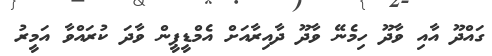
ގައްދޫ އާއި ވާދޫ ހިމެނޭ ވާދޫ ދާއިރާއަށް އެމްޑީޕީން ވާދަ ކުރައްވާ އަމީރު